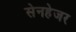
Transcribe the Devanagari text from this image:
सेनहेजर